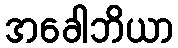
အခေါဘိယာ